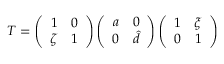
T = \left( \begin{array} { c c } { { 1 } } & { { 0 } } \\ { { \zeta } } & { { 1 } } \end{array} \right) \left( \begin{array} { c c } { { a } } & { { 0 } } \\ { { 0 } } & { { \hat { d } } } \end{array} \right) \left( \begin{array} { c c } { { 1 } } & { { \xi } } \\ { { 0 } } & { { 1 } } \end{array} \right)